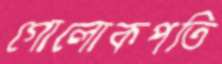
গোলোকপতি